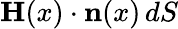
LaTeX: \mathbf{H}(x)\cdot\mathbf{n}(x)\, dS